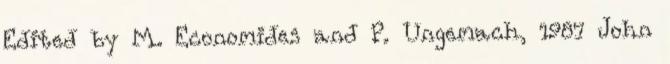
Edited by M. Economides and P. Ungemach, 1987 John